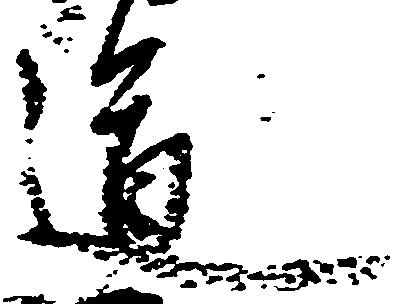
道